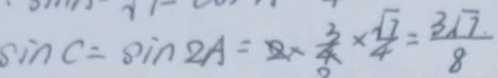
\sin C = \sin 2 A = 2 \times \frac { 3 } { 4 } \times \frac { \sqrt { 7 } } { 4 } = \frac { 3 \sqrt { 7 } } { 8 }